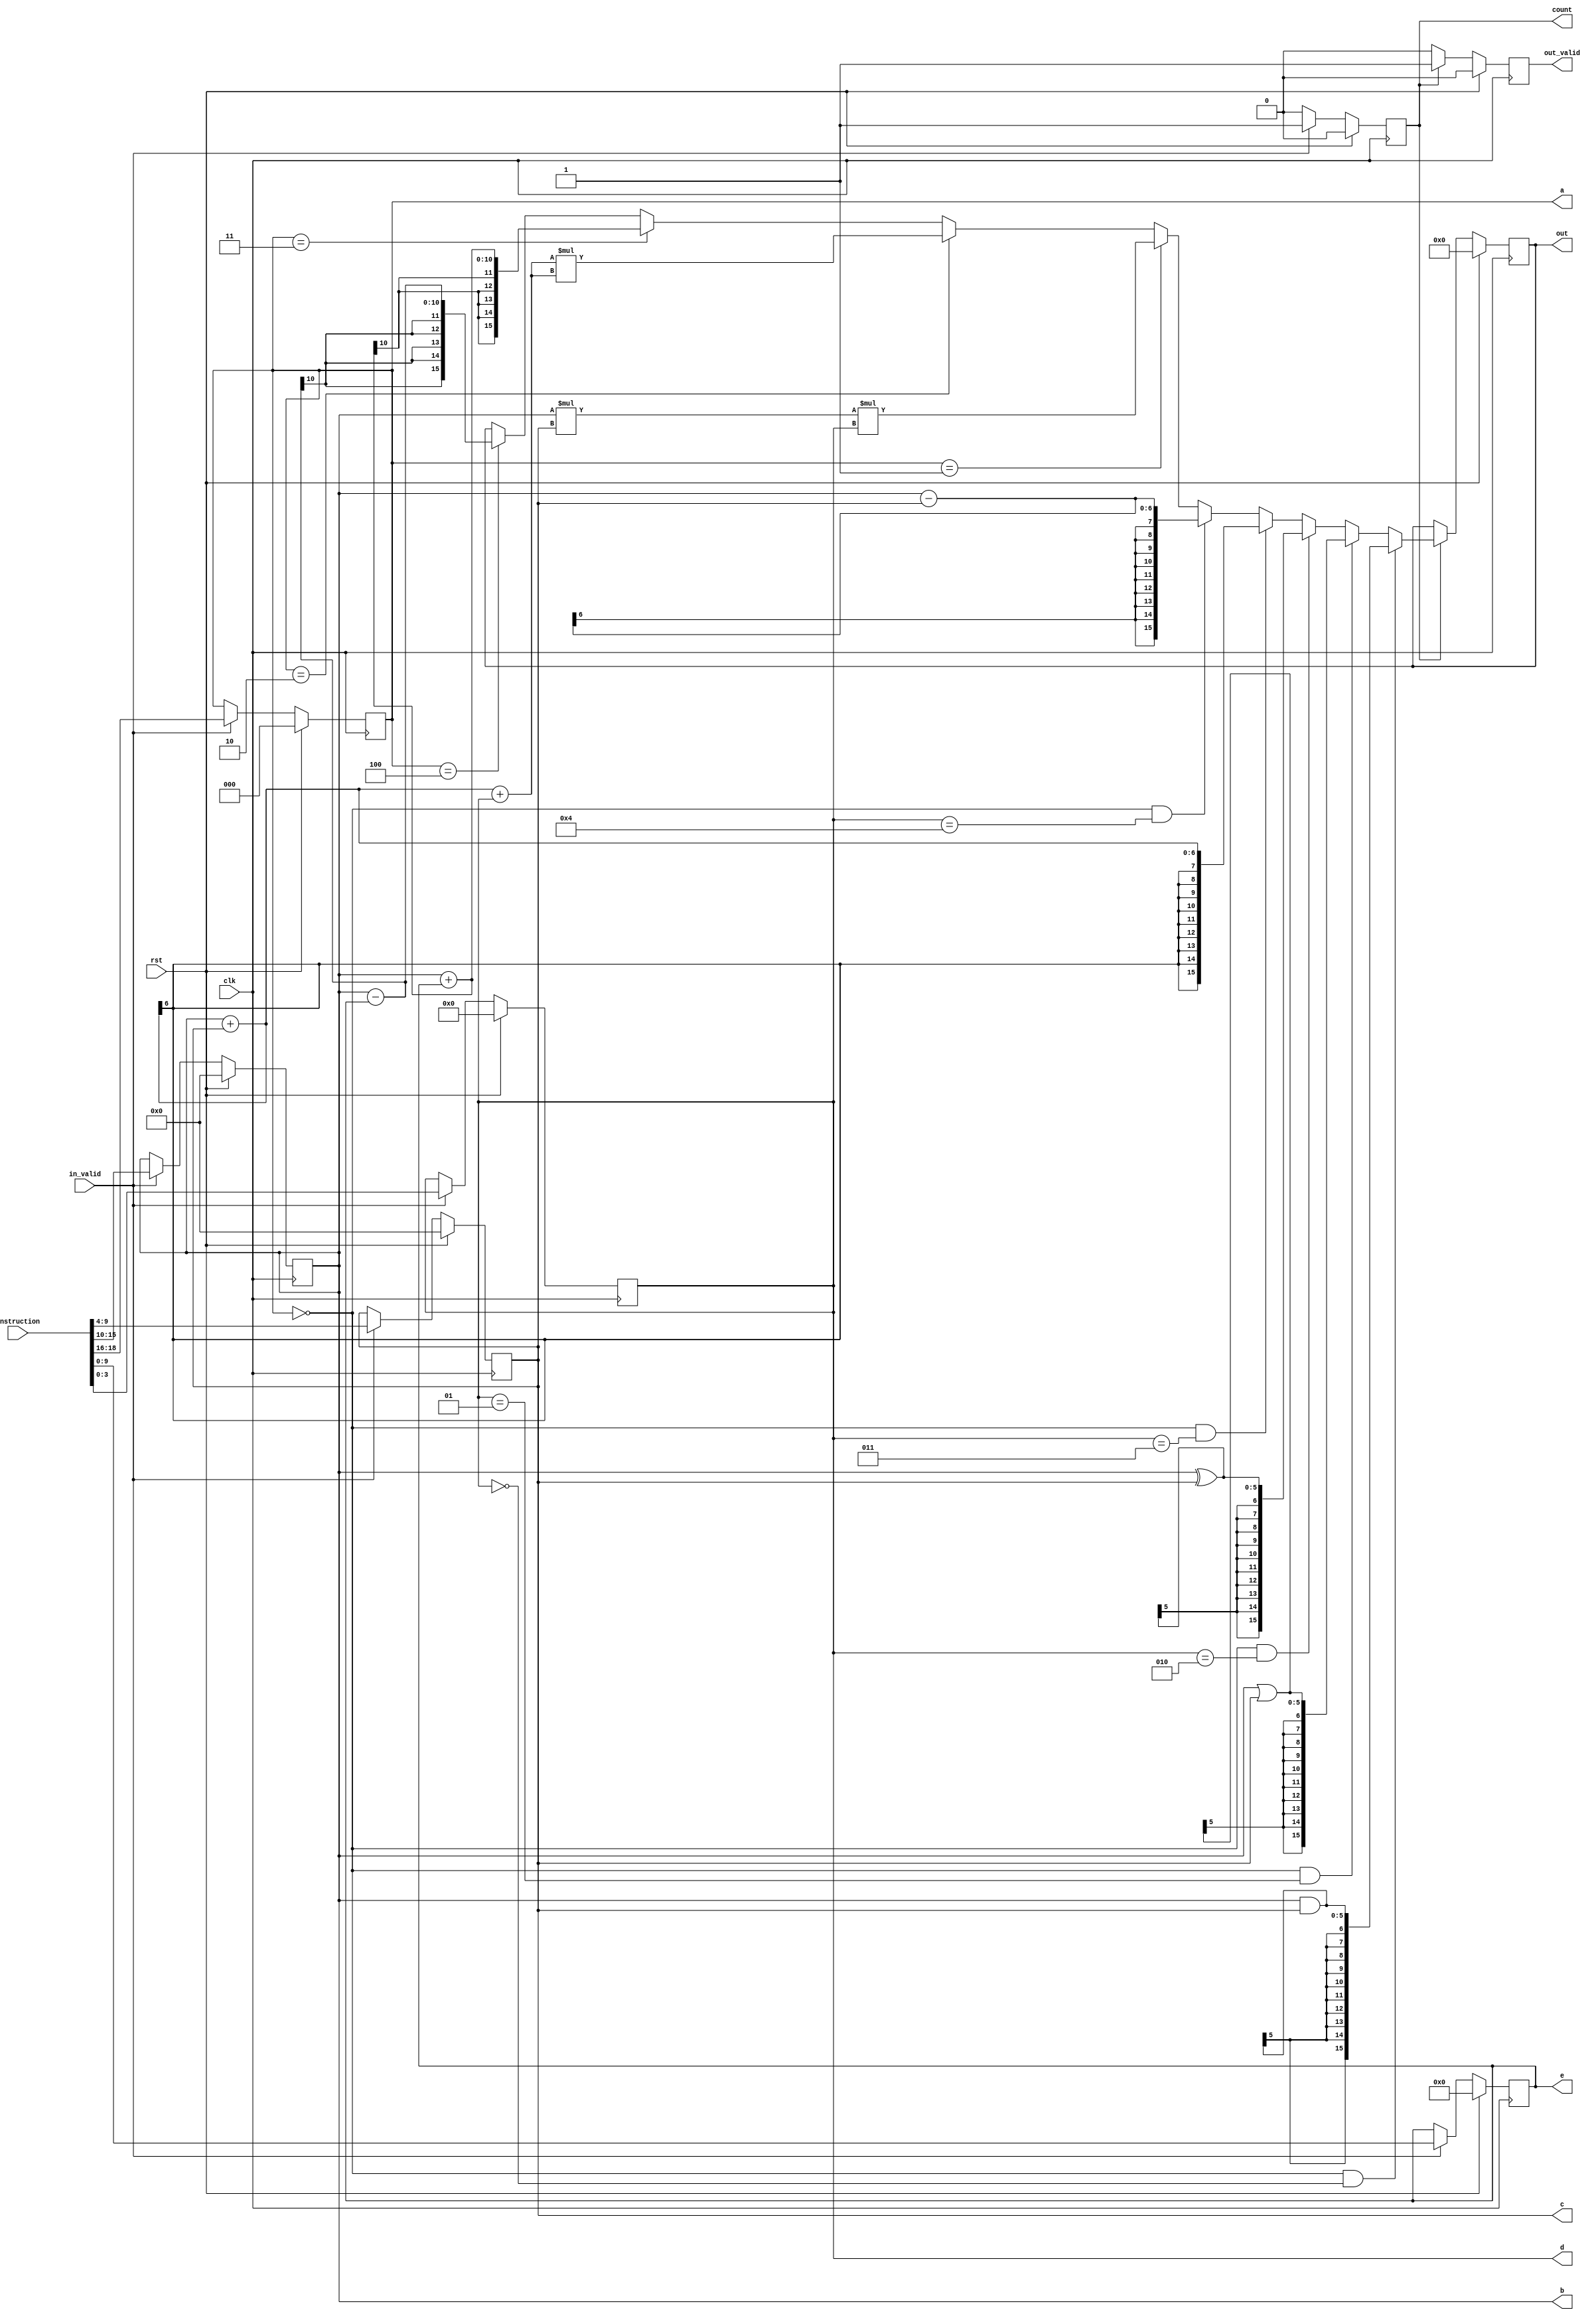
`timescale 1ns / 1ps
//////////////////////////////////////////////////////////////////////////////////
// Company: 
// Engineer: 
// 
// Design Name: 
// Module Name:    DLAU 
// Project Name: 
// Target Devices: 
// Tool versions: 
// Description: 
//
// Dependencies: 
//
// Revision: 
// Revision 0.01 - File Created
// Additional Comments: 
//
//////////////////////////////////////////////////////////////////////////////////
module DALU(
    // Input signals
	clk,
	rst,
	in_valid,
	instruction,
  // Output signals
  out_valid,
  out,a,b,c,d,e,count
    );
	 
input clk;
input rst;
input in_valid;
input [18:0]instruction;

output reg out_valid;
output reg signed [15:0]out;

output reg [2:0]a;
output reg signed [5:0]b;
output reg signed [5:0]c;
output reg signed [3:0]d;
output reg signed [9:0]e;
output reg count;


always@(posedge clk) begin
	if(rst)
		a<=0;
	else if(in_valid)
		a<=instruction[18:16];
	else
		a<=a;
end

always@(posedge clk) begin
	if(rst)
		b<=0;
	else begin
		if(in_valid)
			b<=instruction[15:10];
		else
			b<=b;
	end
end

always@(posedge clk) begin
	if(rst)
		c<=0;
	else begin
		if(in_valid)
			c<=instruction[9:4];
		else
			c<=c;
	end
end

always@(posedge clk) begin
	if(rst)
		d<=0;
	else begin
		if(in_valid)
			d<=instruction[3:0];
		else d<=d;
	end
end

always@(posedge clk) begin
	if(rst)
		e<=0;
	else begin
		if(in_valid) begin
				e<=instruction[9:0];
		end
		else
			e<=e;
	end
end

always@(posedge clk) begin
	if(rst)
		count<=0;
	else begin
		if(in_valid)
			count<=1;
		else 
			count<=0;
	end
end


always@(posedge clk) begin
	if(rst)
		out<=0;
	else begin
		if(count==1) begin
			if(a==0&&d==0)
				out<=b&c;
			else if(a==0&&d==1)
				out<=b|c;
			else if(a==0&&d==2)
				out<=b^c;
			else if(a==0&&d==3)
				out<=b+c;
			else if(a==0&&d==4)
				out<=b-c;
			else if(a==1)
				out<=b*c*d;
			else if(a==2)
				out<=(b+c+d)*(b+c+d);
			else if(a==3)
				out<=b+e;
			else if(a==4)
				out<=b-e;
			else
				out<=out;
		end
		else
			out<=out;
	end
end

always@(posedge clk) begin
	if(rst)
		out_valid<=0;
	else begin
		if(count==1)
			out_valid<=1;
		else
			out_valid<=0;
	end	
end	 
endmodule